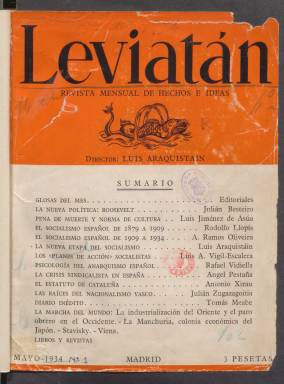
Título: Leviatán (Madrid)
Otros títulos: Leviatán (Sevilla)
Colección: Política || Socialismo
Ámbito geográfico: Sevilla
Lugar de publicación: Sevilla
Fechas: 01/05/1934-01/07/1936